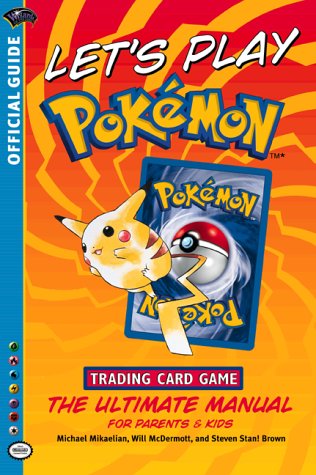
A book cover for Let's Play Pokemon! (Official Pokemon Guides); Wizards Of The Coast; Computers & Technology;